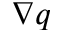
\nabla q